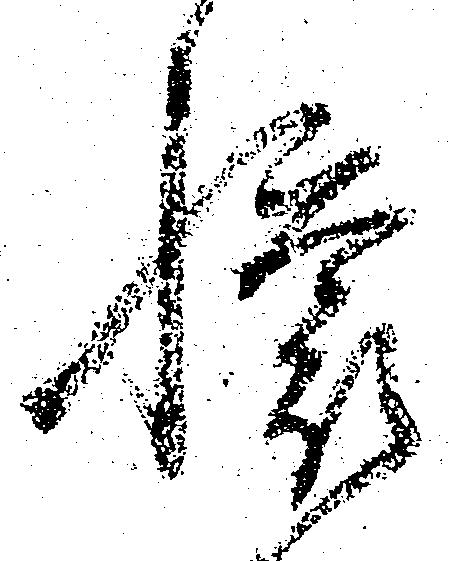
懐